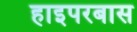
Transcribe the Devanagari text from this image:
हाइपरबास